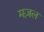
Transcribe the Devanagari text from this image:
मज़ल